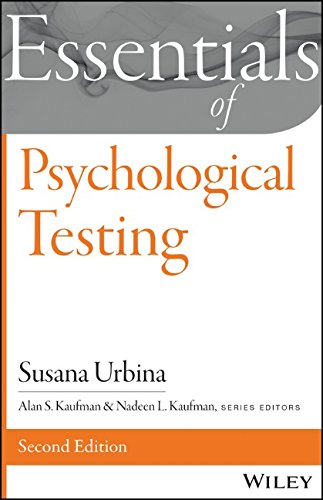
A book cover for Essentials of Psychological Testing (Essentials of Behavioral Science); Susana Urbina; Medical Books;